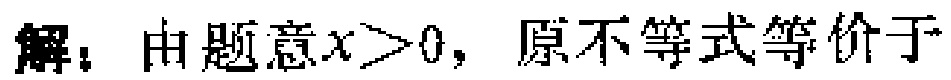
解：由题意\(x > 0\)，原不等式等价于